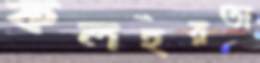
কলহরতা